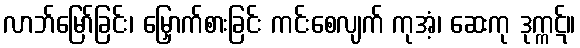
လာဘ်မြော်ခြင်း၊ မြှောက်စားခြင်း ကင်းစေလျက် ကုအံ့၊ ဆေးကု ဒုက္ကဋ်။